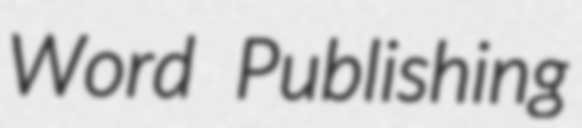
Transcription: Word Publishing